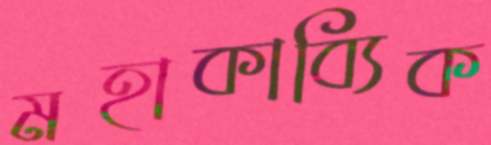
মহাকাব্যিক